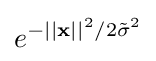
e^{-||\mathbf {x} ||^{2}/2{\tilde {\sigma }}^{2}}